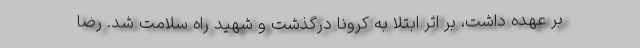
بر عهده داشت، بر اثر ابتلا به کرونا درگذشت و شهید راه سلامت شد. رضا